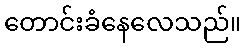
တောင်းခံနေလေသည်။